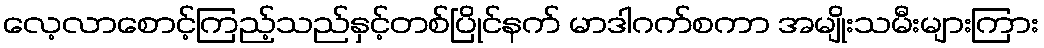
လေ့လာစောင့်ကြည့်သည်နှင့်တစ်ပြိုင်နက် မာဒါဂက်စကာ အမျိုးသမီးများကြား